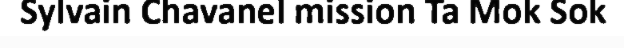
Sylvain Chavanel mission Ta Mok Sok